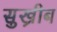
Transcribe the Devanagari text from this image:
सुख्रीब